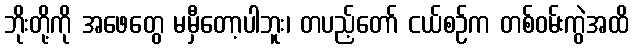
ဘိုးတို့ကို အဖေတွေ မမှီတော့ပါဘူး၊ တပည့်တော် ငယ်စဉ်က တစ်ဝမ်းကွဲအထိ